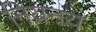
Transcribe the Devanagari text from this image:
नियनय